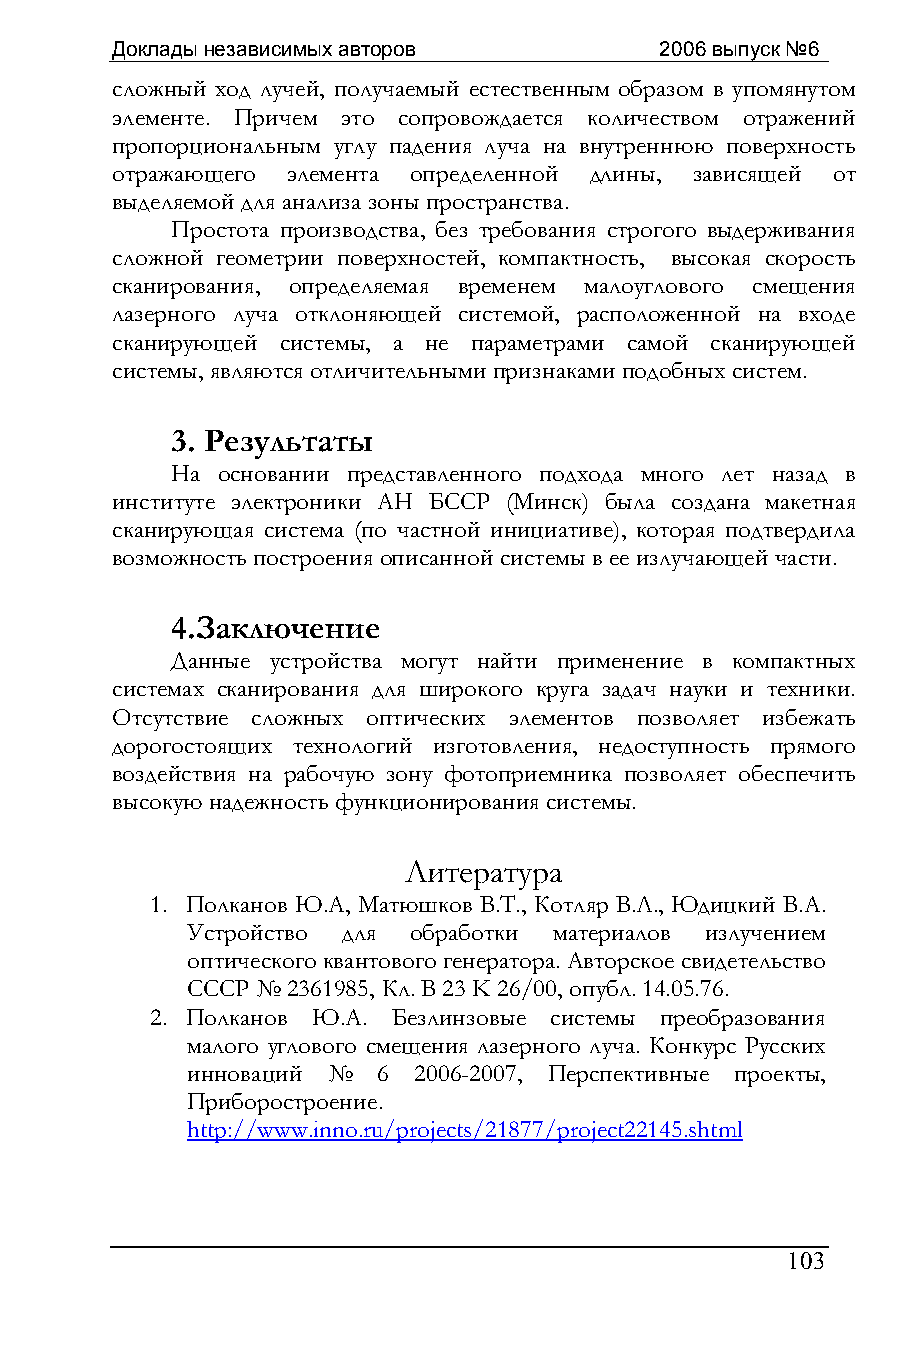
Доклады независимых авторов          2006 выпуск №6
 сложный ход лучей, получаемый естественным образом в упомянутом
 элементе. Причем это сопровождается количеством отражений
 пропорциональным углу падения луча на внутреннюю поверхность
 отражающего элемента определенной длины, зависящей от
 выделяемой для анализа зоны пространства.
 Простота производства, без требования строгого выдерживания
 сложной геометрии поверхностей, компактность, высокая скорость
 сканирования, определяемая временем малоуглового смещения
 лазерного луча отклоняющей системой, расположенной на входе
 сканирующей системы, а не параметрами самой сканирующей
 системы, являются отличительными признаками подобных систем.
 3. Результаты
 На основании представленного подхода много лет назад в
 институте электроники АН БССР (Минск) была создана макетная
 сканирующая система (по частной инициативе), которая подтвердила
 возможность построения описанной системы в ее излучающей части.
 4.Заключение
 Данные устройства могут найти применение в компактных
 системах сканирования для широкого круга задач науки и техники.
 Отсутствие сложных оптических элементов позволяет избежать
 дорогостоящих технологий изготовления, недоступность прямого
 воздействия на рабочую зону фотоприемника позволяет обеспечить
 высокую надежность функционирования системы.
 Литература
 1. Полканов Ю.А, Матюшков В.T., Котляр В.Л., Юдицкий В.А.
 Устройство для обработки материалов излучением
 оптического квантового генератора. Авторское свидетельство
 СССР № 2361985, Кл. B 23 K 26/00, опубл. 14.05.76.
 2. Полканов Ю.А. Безлинзовые системы преобразования
 малого углового смещения лазерного луча. Конкурс Русских
 инноваций №  6 2006-2007, Перспективные проекты,
 Приборостроение.
 http://www.inno.ru/projects/21877/project22145.shtml
 103